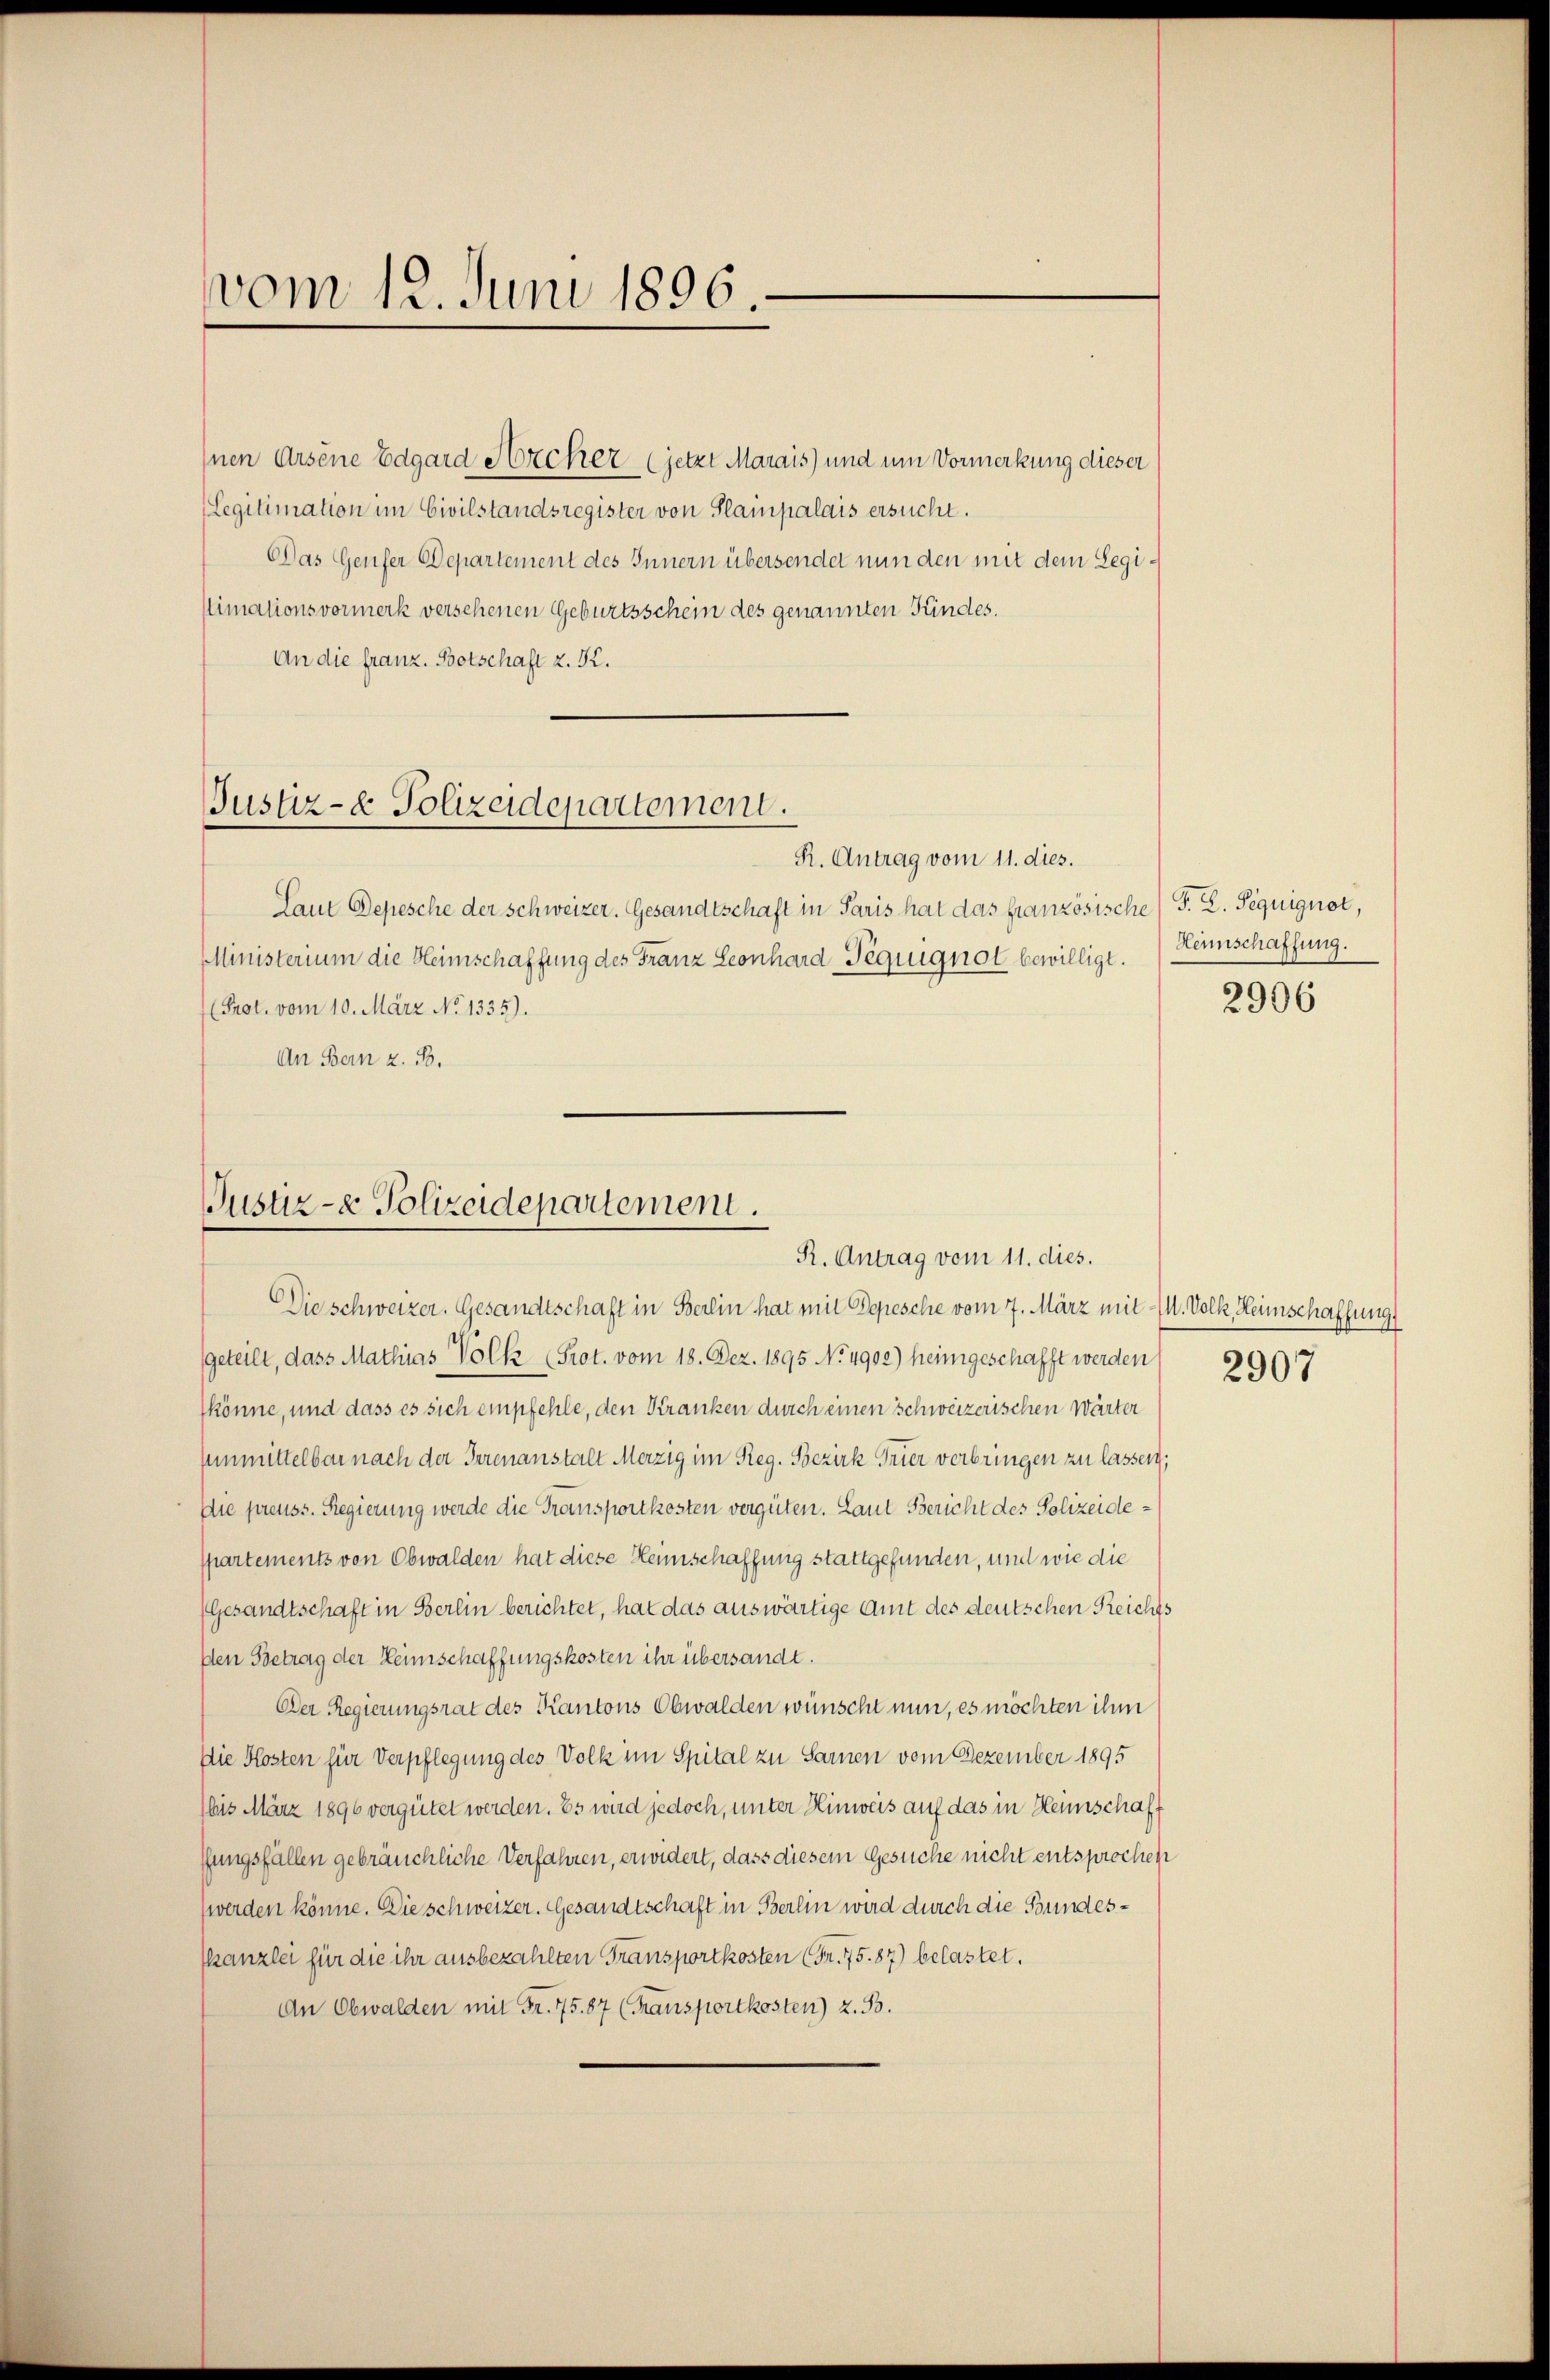
vom 12. Juni 1896.

Inen Arsene Edgard Archer (jetzt Marais) und um Vormerkung dieser
(Legitimation im Civilstandsregister von Plainpalais ersucht.
Das Genfer Departement des Innern übersendet nun den mit dem Legislimationsvormerk versehenen Geburtsschein des genannten Kindes.
An die franz. Botschaft z. K.

Justiz- & Polizeidepartement.

R. Antrag vom 11. dies.
Laut Depesche der Schweizer. Gesandtschaft in Paris hat das französische) S. Z. Peguignot,
MMinisterium die Heimschaffung des Franz Seonhard Péquignot bewilligt.
Prot. vom 10. März No 1335).
An Bern z. B.

Justiz- & Polizeidepartement.
R. Antrag vom 11. dies.

Die schweizer. Gesandtschaft in Berlin hat mit Depesche vom 7. März mit M. Volk Heimschaffung
geteilt, dass Mathias Volk (Prot. vom 18. Dez. 1895 No 4902) heimgeschafft werden
könne, und dass es sich empfehle, den Kranken durch einen schweizerischen Wärter
sunmittelbar nach der Irrenanstalt Merzig im Reg. Bezirk Trier verbringen zu lassen,
Die preuss. Regierung werde die Transportkosten vergüten. Laut Bericht des Polizeidespartements von Obwalden hat diese Hennschaffung stattgefunden, und wie die
Gesandtschaft in Berlin berichtet, hat das auswärtige Amt des deutschen Reichts
Den Betrag der Heimschaffungskosten ihr übersandt.
Der Regierungsrat des Kantons Obwalden wünscht nun, es möchten ihm
Die Klosten für Verpflegung des Volk im Spital zu Sarnen vom Dezember 1895
bis März 1896 vergütet werden. Es wird jedoch, unter Hinweis auf das in Hennschaft
fungsfällen gebräuchliche Verfahren, erwidert, dass diesem Gesuche nicht entsprochen
werden könne. Die schweizer. Gesandtschaft in Berlin wird durch die Bundes¬
Kanzlei für die ihr ausbezahlten Transportkosten (Fr. 75.87) belastet.
An Obwalden mit Fr. 75. 87 (Ransportkosten) z. B.

Hennschaffung.

2906

2907